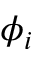
\phi _ { i }